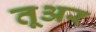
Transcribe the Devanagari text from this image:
तूअर